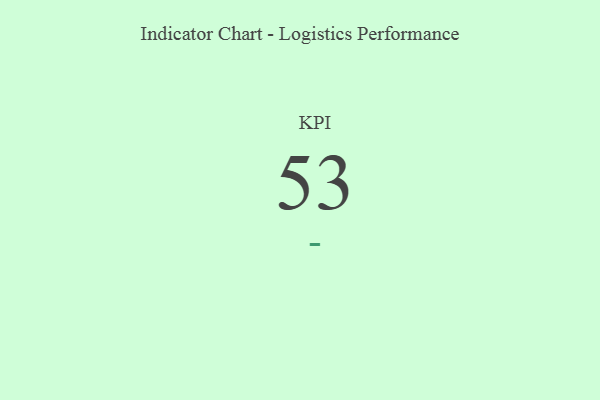
{"axis": {"x": "KPI", "y": "Value"}, "legend": [""], "data": [{"x": "KPI", "y": 53, "type": ""}]}